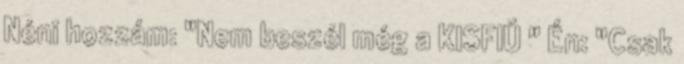
Néni hozzám: "Nem beszél még a KISFIÚ " Én: "Csak